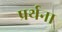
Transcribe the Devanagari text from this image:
प्रर्थना